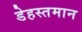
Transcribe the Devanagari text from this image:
डेहस्तमान